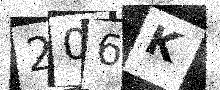
Text: 206K